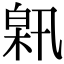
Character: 𤽰